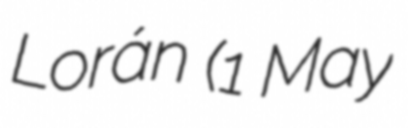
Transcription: Lorán (1 May